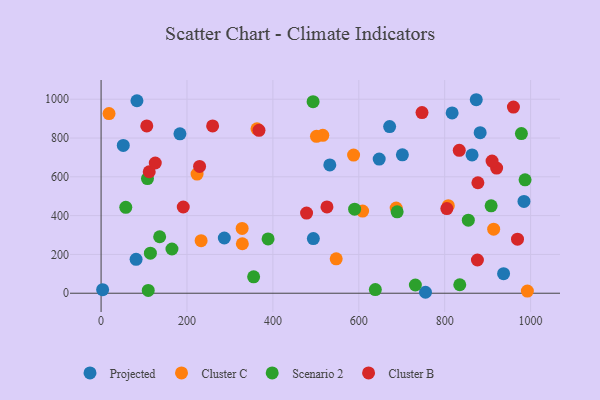
{"axis": {"x": "Speed", "y": "Exam Score"}, "legend": ["Cluster B", "Cluster C", "Projected", "Scenario 2"], "data": [{"x": "286.9", "y": 284.8, "type": "Projected"}, {"x": "882.6", "y": 827.8, "type": "Projected"}, {"x": "494.2", "y": 281.9, "type": "Projected"}, {"x": "647.5", "y": 691.3, "type": "Projected"}, {"x": "984.6", "y": 473.2, "type": "Projected"}, {"x": "701.5", "y": 713.7, "type": "Projected"}, {"x": "937.1", "y": 100.6, "type": "Projected"}, {"x": "183.6", "y": 821.7, "type": "Projected"}, {"x": "83.5", "y": 992.2, "type": "Projected"}, {"x": "863.7", "y": 712.9, "type": "Projected"}, {"x": "81.5", "y": 174.6, "type": "Projected"}, {"x": "817.3", "y": 929.7, "type": "Projected"}, {"x": "873.5", "y": 997.5, "type": "Projected"}, {"x": "671.8", "y": 859.2, "type": "Projected"}, {"x": "755.3", "y": 4.9, "type": "Projected"}, {"x": "532.5", "y": 661.3, "type": "Projected"}, {"x": "3.6", "y": 18.5, "type": "Projected"}, {"x": "51.7", "y": 761.8, "type": "Projected"}, {"x": "223.5", "y": 614.4, "type": "Cluster C"}, {"x": "232.9", "y": 271.0, "type": "Cluster C"}, {"x": "328.4", "y": 333.8, "type": "Cluster C"}, {"x": "687.0", "y": 439.1, "type": "Cluster C"}, {"x": "547.4", "y": 177.1, "type": "Cluster C"}, {"x": "328.9", "y": 255.1, "type": "Cluster C"}, {"x": "18.5", "y": 926.3, "type": "Cluster C"}, {"x": "516.2", "y": 814.1, "type": "Cluster C"}, {"x": "914.0", "y": 330.0, "type": "Cluster C"}, {"x": "808.4", "y": 451.3, "type": "Cluster C"}, {"x": "587.9", "y": 712.4, "type": "Cluster C"}, {"x": "363.0", "y": 847.5, "type": "Cluster C"}, {"x": "608.9", "y": 423.4, "type": "Cluster C"}, {"x": "992.5", "y": 11.1, "type": "Cluster C"}, {"x": "501.5", "y": 808.8, "type": "Cluster C"}, {"x": "355.2", "y": 84.3, "type": "Scenario 2"}, {"x": "978.6", "y": 823.1, "type": "Scenario 2"}, {"x": "136.4", "y": 291.2, "type": "Scenario 2"}, {"x": "987.1", "y": 584.8, "type": "Scenario 2"}, {"x": "835.1", "y": 43.8, "type": "Scenario 2"}, {"x": "57.5", "y": 442.8, "type": "Scenario 2"}, {"x": "114.8", "y": 206.4, "type": "Scenario 2"}, {"x": "388.8", "y": 279.8, "type": "Scenario 2"}, {"x": "689.3", "y": 419.7, "type": "Scenario 2"}, {"x": "638.5", "y": 18.8, "type": "Scenario 2"}, {"x": "855.0", "y": 376.6, "type": "Scenario 2"}, {"x": "165.0", "y": 228.1, "type": "Scenario 2"}, {"x": "590.3", "y": 433.2, "type": "Scenario 2"}, {"x": "109.8", "y": 14.4, "type": "Scenario 2"}, {"x": "908.1", "y": 450.6, "type": "Scenario 2"}, {"x": "731.7", "y": 42.3, "type": "Scenario 2"}, {"x": "493.6", "y": 987.6, "type": "Scenario 2"}, {"x": "108.0", "y": 591.1, "type": "Scenario 2"}, {"x": "920.9", "y": 645.0, "type": "Cluster B"}, {"x": "478.4", "y": 413.4, "type": "Cluster B"}, {"x": "910.3", "y": 681.4, "type": "Cluster B"}, {"x": "112.1", "y": 626.3, "type": "Cluster B"}, {"x": "877.3", "y": 569.4, "type": "Cluster B"}, {"x": "525.9", "y": 445.0, "type": "Cluster B"}, {"x": "969.5", "y": 278.8, "type": "Cluster B"}, {"x": "191.3", "y": 444.4, "type": "Cluster B"}, {"x": "833.9", "y": 736.4, "type": "Cluster B"}, {"x": "259.7", "y": 862.2, "type": "Cluster B"}, {"x": "229.3", "y": 653.5, "type": "Cluster B"}, {"x": "367.6", "y": 840.0, "type": "Cluster B"}, {"x": "960.0", "y": 959.7, "type": "Cluster B"}, {"x": "106.4", "y": 862.3, "type": "Cluster B"}, {"x": "805.0", "y": 436.4, "type": "Cluster B"}, {"x": "126.2", "y": 671.4, "type": "Cluster B"}, {"x": "747.2", "y": 931.3, "type": "Cluster B"}, {"x": "876.2", "y": 171.4, "type": "Cluster B"}]}